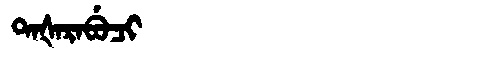
Manchu: ᡨᠠᡧᠠᡵᠠᠪᡠᠴᡳ
Romanization: TAŠARABUCI